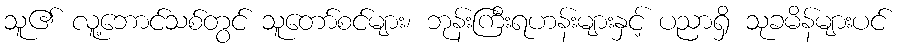
သူ၏ လူ့ဘောင်သစ်တွင် သူတော်စင်များ၊ ဘုန်းကြီးရဟန်းများနှင့် ပညာရှိ သုခမိန်များပင်